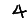
Digit: 4